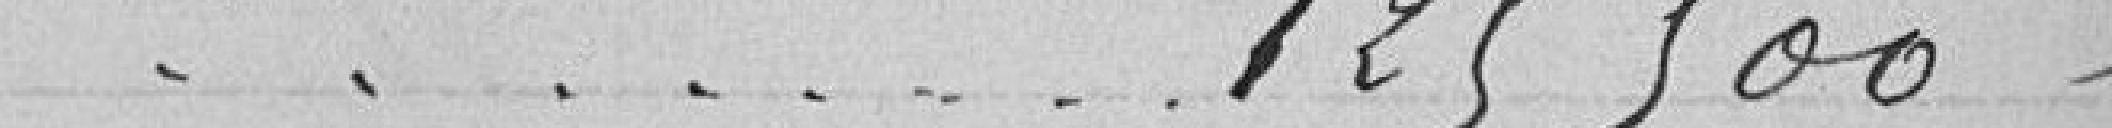
- - - - - 125 500